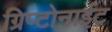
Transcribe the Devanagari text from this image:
ग्रिप्टोनाईट